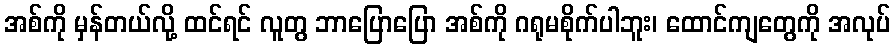
အစ်ကို မှန်တယ်လို့ ထင်ရင် လူတွ ဘာပြောပြော အစ်ကို ဂရုမစိုက်ပါဘူး၊ ထောင်ကျတွေကို အလုပ်